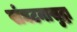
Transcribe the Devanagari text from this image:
संघटनासुद्धा